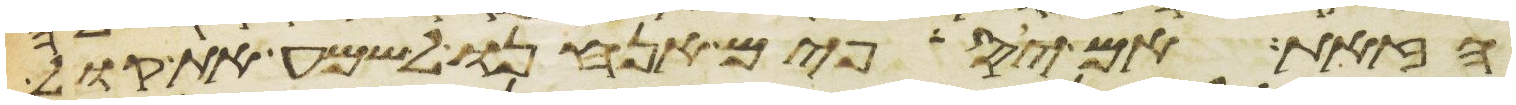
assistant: הזאת אם יספים אנחנו לשמע את קול